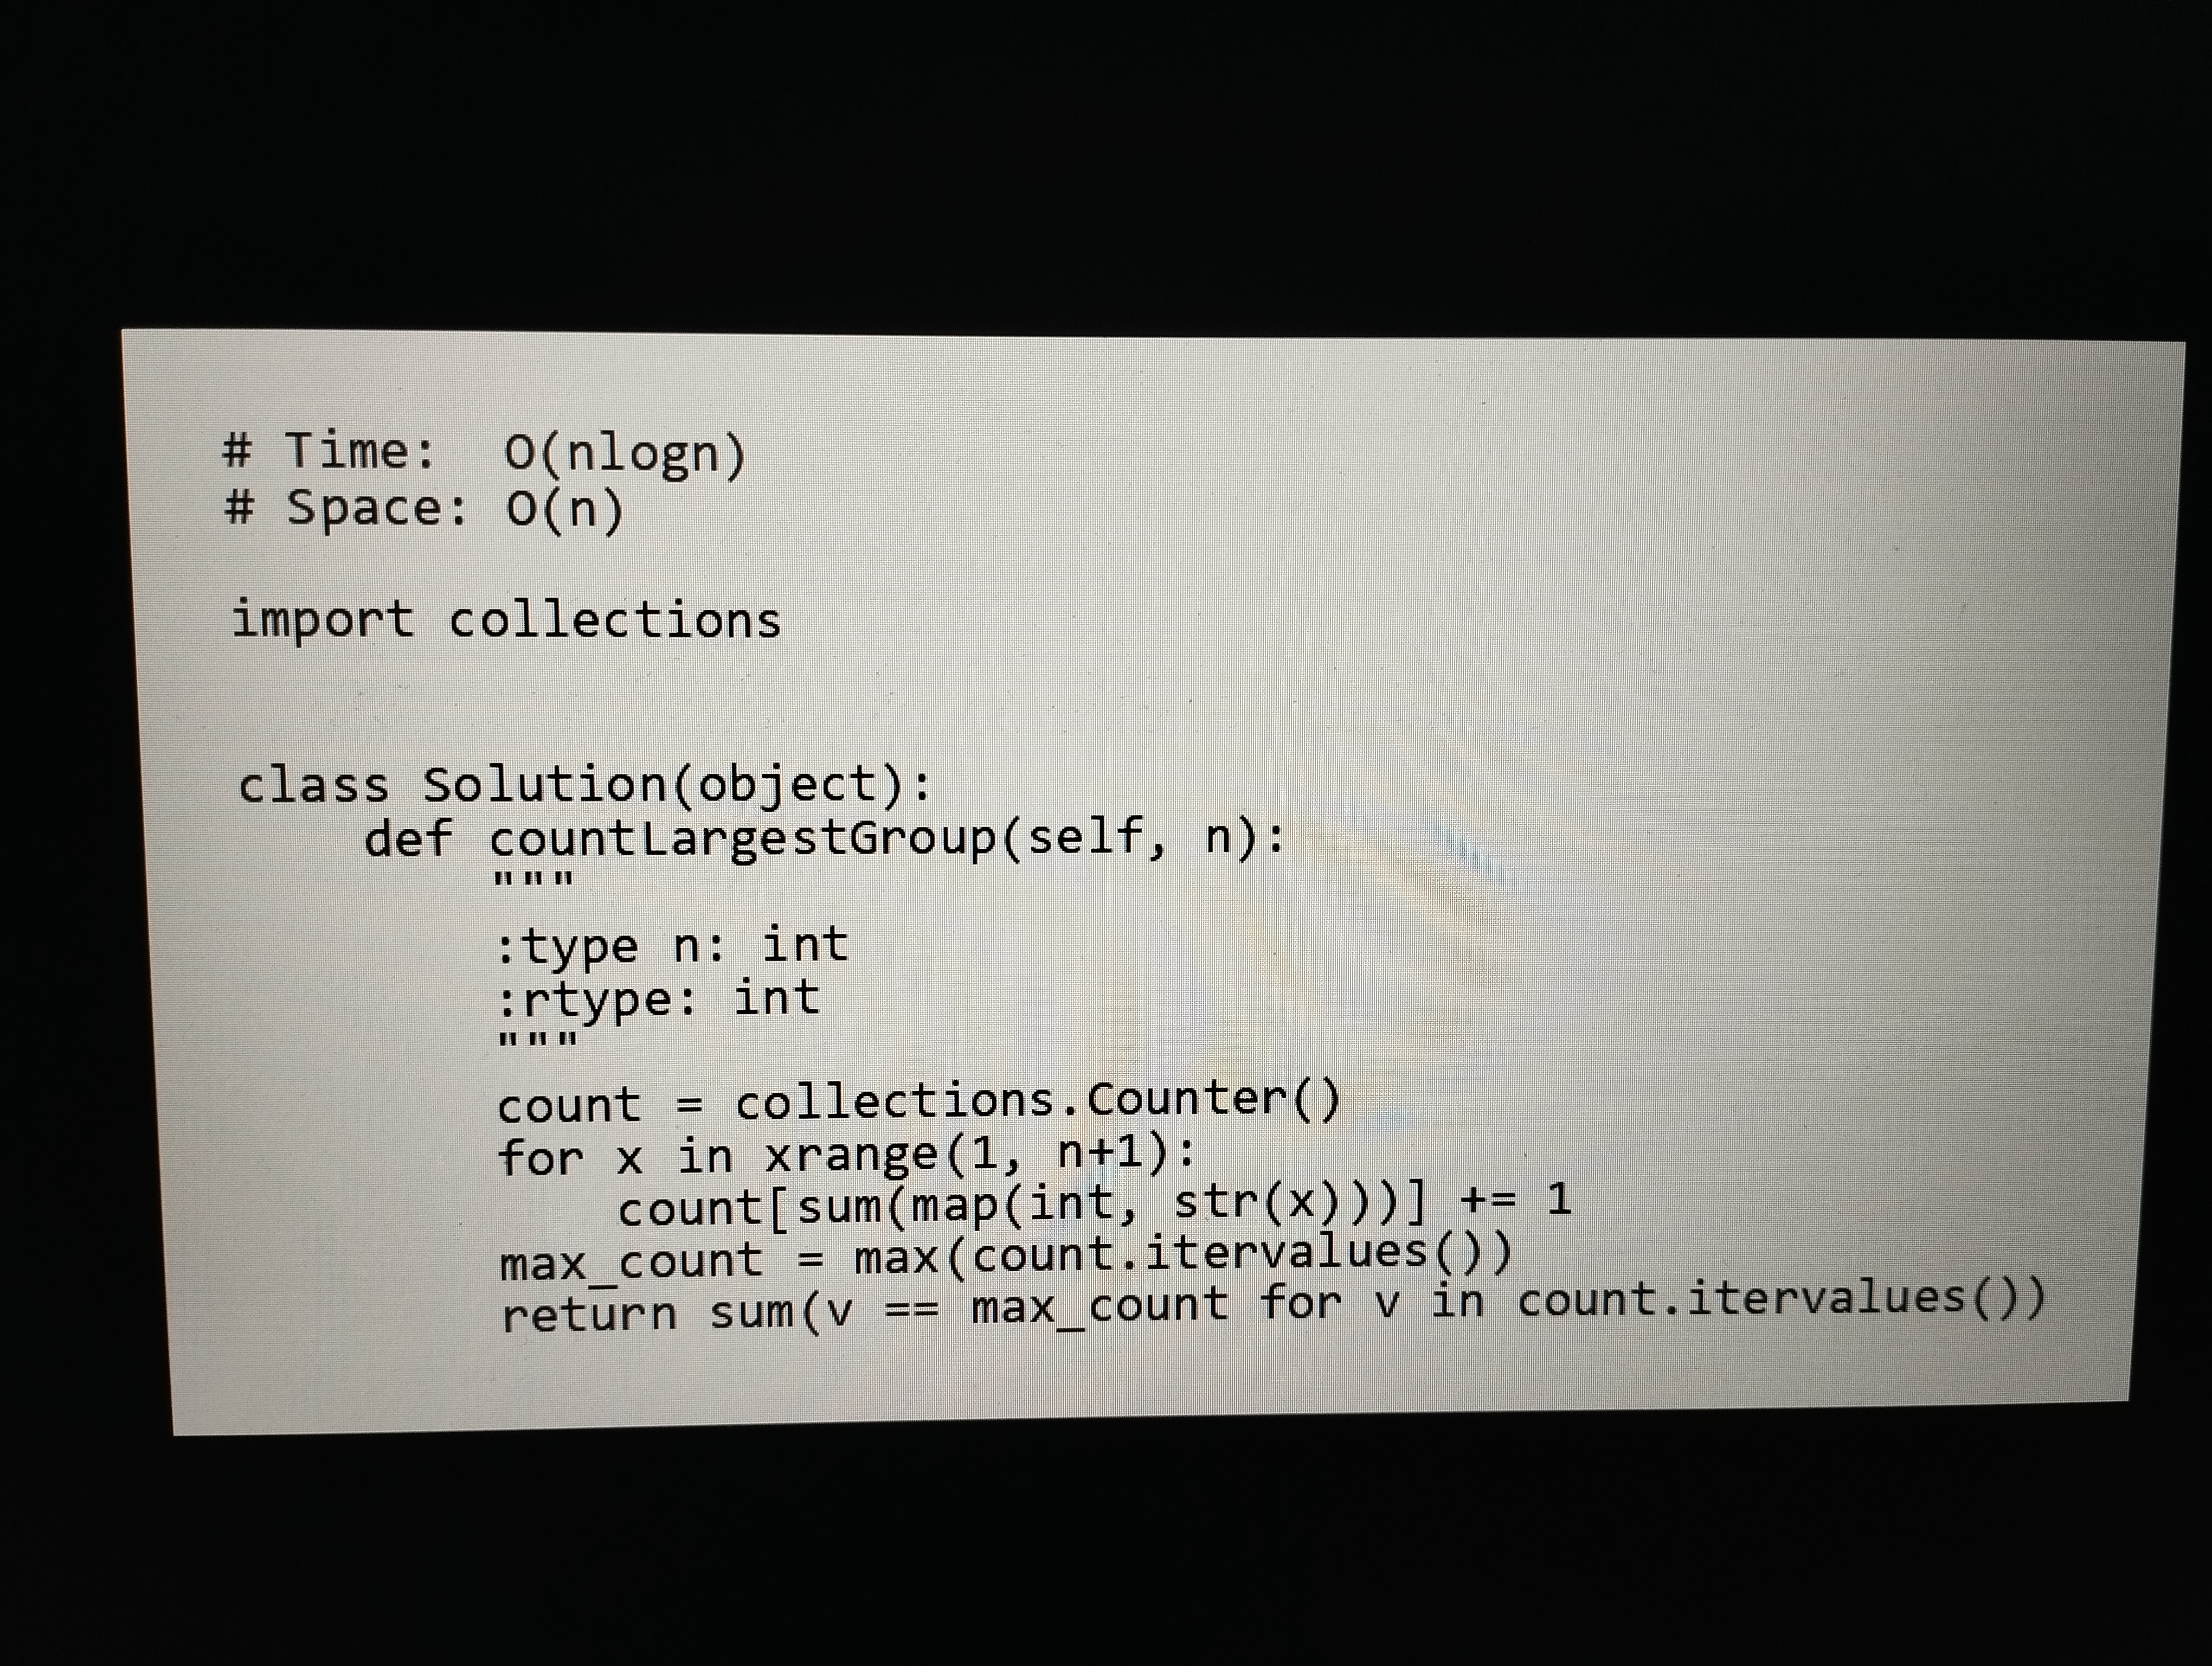
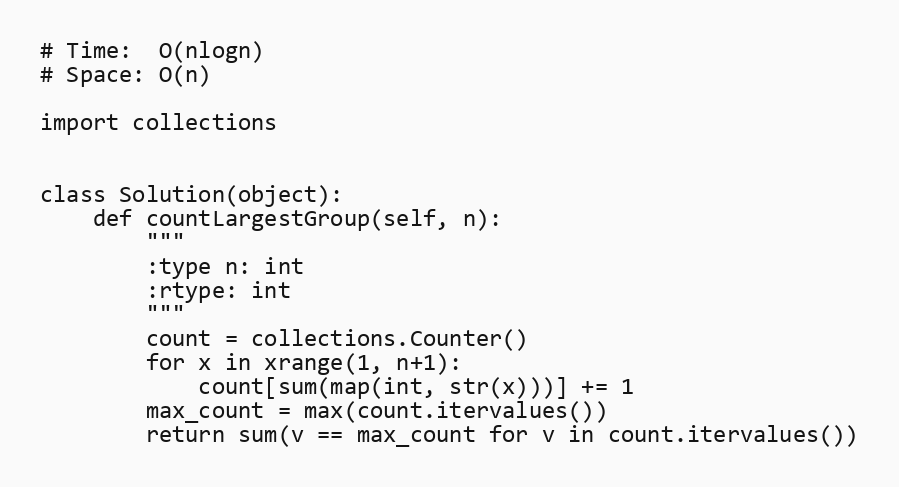
# Time:  O(nlogn)
# Space: O(n)

import collections

class Solution(object):
    def countLargestGroup(self, n):
        """
        :type n: int
        :rtype: int
        """
        count = collections.Counter()
        for x in xrange(1, n+1):
            count[sum(map(int, str(x)))] += 1
        max_count = max(count.itervalues())
        return sum(v == max_count for v in count.itervalues())